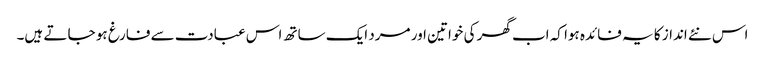
اس نئے انداز کا یہ فائدہ ہوا کہ اب گھر کی خواتین اور مرد ایک ساتھ اس عبادت سے فارغ ہو جا تے ہیں۔